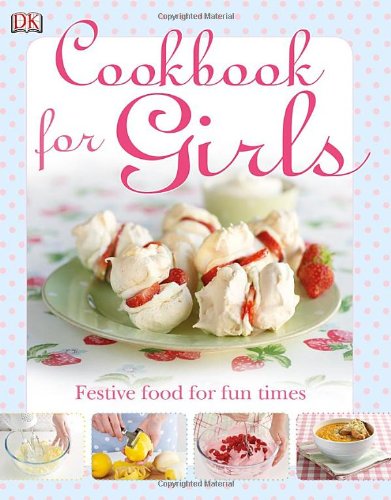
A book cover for The Cookbook for Girls; DK Publishing; Children's Books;